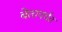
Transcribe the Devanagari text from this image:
बेतापर्यंत